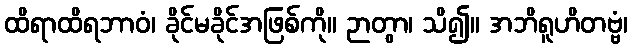
ထိရာထိရဘာဝံ၊ ခိုင်မခိုင်အဖြစ်ကို။ ဉာတွာ၊ သိ၍။ အဘိရူဟိတဗ္ဗံ၊